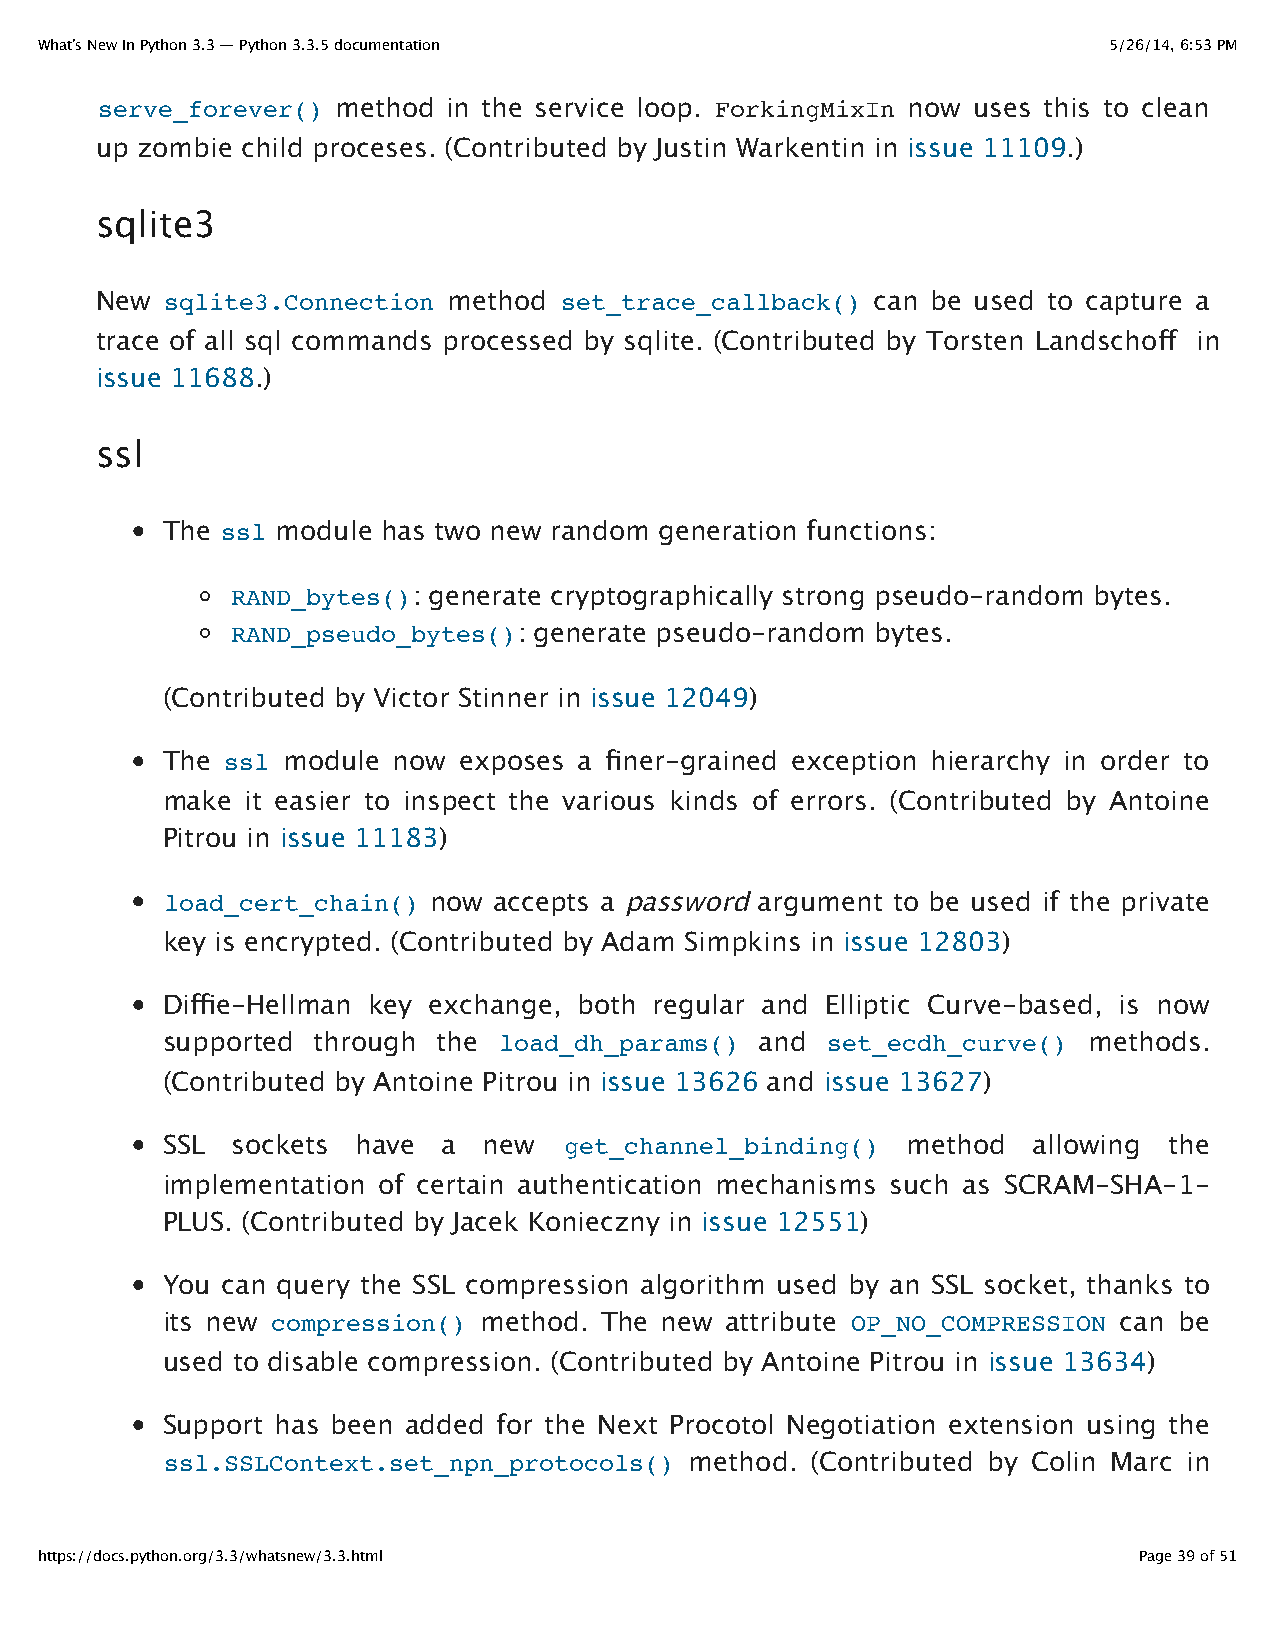
What’s New In Python 3.3 — Python 3.3.5 documentation                  5/26/14, 6:53 PM
 serve_forever() method  in the service loop. ForkingMixIn now uses this to clean
 up zombie child proceses. (Contributed by Justin Warkentin in issue 11109.)
 sqlite3
 New  sqlite3.Connection method set_trace_callback() can be used to capture a
 trace of all sql commands processed by sqlite. (Contributed by Torsten Landschoff in
 issue 11688.)
 ssl
 The ssl module has two new random generation functions:
 RAND_bytes(): generate cryptographically strong pseudo-random bytes.
 RAND_pseudo_bytes(): generate pseudo-random bytes.
 (Contributed by Victor Stinner in issue 12049)
 The ssl module now exposes a finer-grained exception hierarchy in order to
 make it easier to inspect the various kinds of errors. (Contributed by Antoine
 Pitrou in issue 11183)
 load_cert_chain() now accepts a password argument to be used if the private
 key is encrypted. (Contributed by Adam Simpkins in issue 12803)
 Diffie-Hellman key exchange, both regular and Elliptic Curve-based, is now
 supported through the load_dh_params() and  set_ecdh_curve() methods.
 (Contributed by Antoine Pitrou in issue 13626 and issue 13627)
 SSL sockets  have a  new  get_channel_binding()  method  allowing the
 implementation of certain authentication mechanisms such as SCRAM-SHA-1-
 PLUS. (Contributed by Jacek Konieczny in issue 12551)
 You can query the SSL compression algorithm used by an SSL socket, thanks to
 its new compression() method. The new attribute OP_NO_COMPRESSION can be
 used to disable compression. (Contributed by Antoine Pitrou in issue 13634)
 Support has been added for the Next Procotol Negotiation extension using the
 ssl.SSLContext.set_npn_protocols() method. (Contributed by Colin Marc in
 https://docs.python.org/3.3/whatsnew/3.3.html                            Page 39 of 51